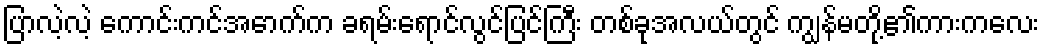
ပြာလဲ့လဲ့ ကောင်းကင်အောက်က ခရမ်းရောင်လွင်ပြင်ကြီး တစ်ခုအလယ်တွင် ကျွန်မတို့၏ကားကလေး